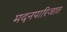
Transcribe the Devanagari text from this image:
मदनपारिजात